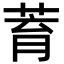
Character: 𦱀